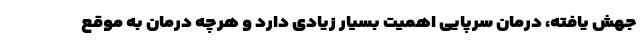
جهش یافته، درمان سرپایی اهمیت بسیار زیادی دارد و هرچه درمان به موقع